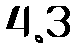
4.3